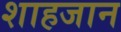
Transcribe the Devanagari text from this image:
शाहजान